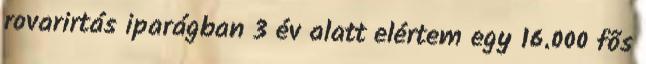
rovarirtás iparágban 3 év alatt elértem egy 16.000 fõs